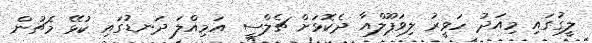
ލީގުގައި މިއަދު ހަވީރު ލިވަޕޫލްއާ ދެކޮޅަށް ޗެލްސީ އަމިއްލަ ދަނޑުގައި ކުޅޭ މެޗުން